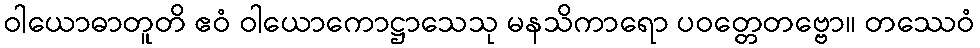
ဝါယောဓာတူတိ ဧဝံ ဝါယောကောဋ္ဌာသေသု မနသိကာရော ပဝတ္တေတဗ္ဗော။ တဿေဝံ